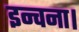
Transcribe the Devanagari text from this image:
इन्चना।